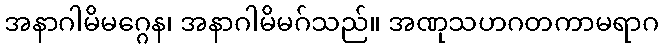
အနာဂါမိမဂ္ဂေန၊ အနာဂါမိမဂ်သည်။ အဏုသဟဂတကာမရာဂ